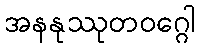
အနနုဿုတဝဂ္ဂေါ